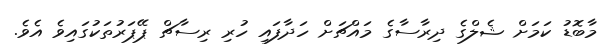
މާބޮޑު ކަމަށް ޝެލްގެ ދިރާސާގެ މައްޗަށް ހަދާފައި ހުރި ރިސާޗް ޕޭޕަރުތަކުގައިވެ އެވެ.